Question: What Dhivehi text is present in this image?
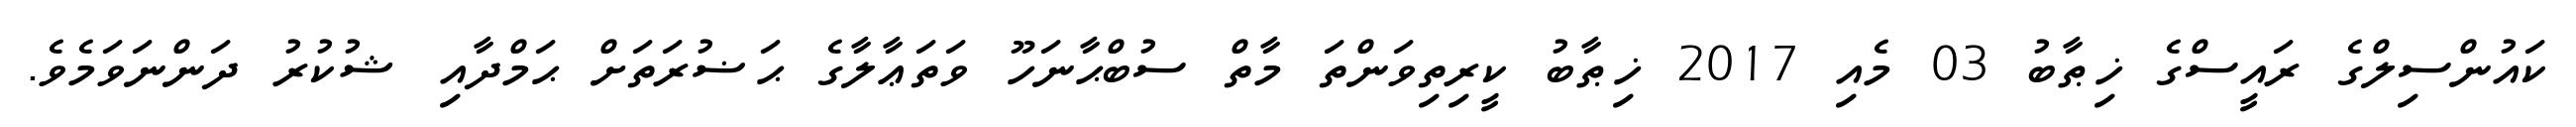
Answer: ކައުންސިލްގެ ރައީސްގެ ޚިޠާބު 03 މެއި 2017 ޚިޠާބު ކީރިތިވަންތަ މާތް ސުބްޙާނަހޫ ވަތަޢާލާގެ ޙަޟުރަތަށް ޙަމްދާއި ޝުކުރު ދަންނަވަމެވެ.